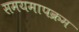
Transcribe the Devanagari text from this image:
समयमापक्रम